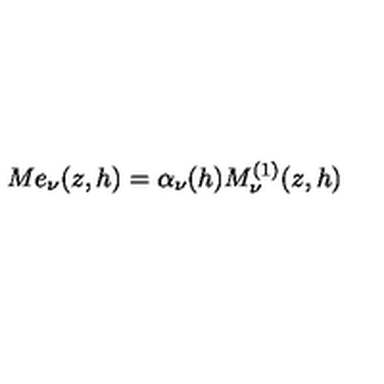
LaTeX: M e _ { \nu } ( z , h ) = \alpha _ { \nu } ( h ) M _ { \nu } ^ { ( 1 ) } ( z , h )